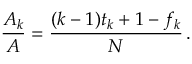
\frac { A _ { k } } { A } = \frac { ( k - 1 ) t _ { k } + 1 - f _ { k } } { N } \, .